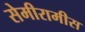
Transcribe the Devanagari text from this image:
सेमीरामीस